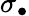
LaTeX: \sigma_{\bullet}